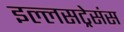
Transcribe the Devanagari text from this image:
इल्लसट्रेसंस